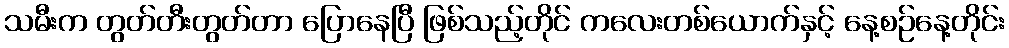
သမီးက တွတ်တီးတွတ်တာ ပြောနေပြီ ဖြစ်သည့်တိုင် ကလေးတစ်ယောက်နှင့် နေ့စဉ်နေ့တိုင်း